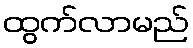
ထွက်လာမည်